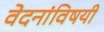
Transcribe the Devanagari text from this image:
वेदनांविषयी